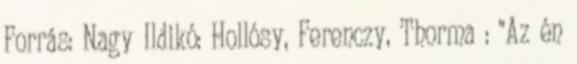
Forrás: Nagy Ildikó: Hollósy, Ferenczy, Thorma : "Az én